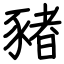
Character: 豬